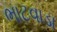
ભાટવાડા